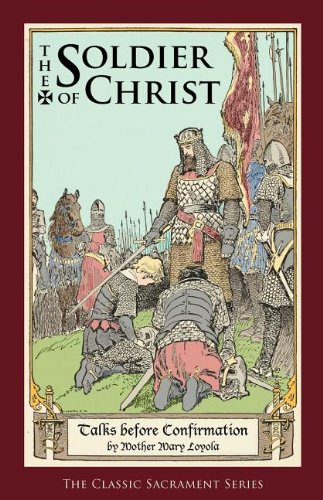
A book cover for The Soldier of Christ: Talks before Confirmation; Mother Mary Loyola; Christian Books & Bibles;